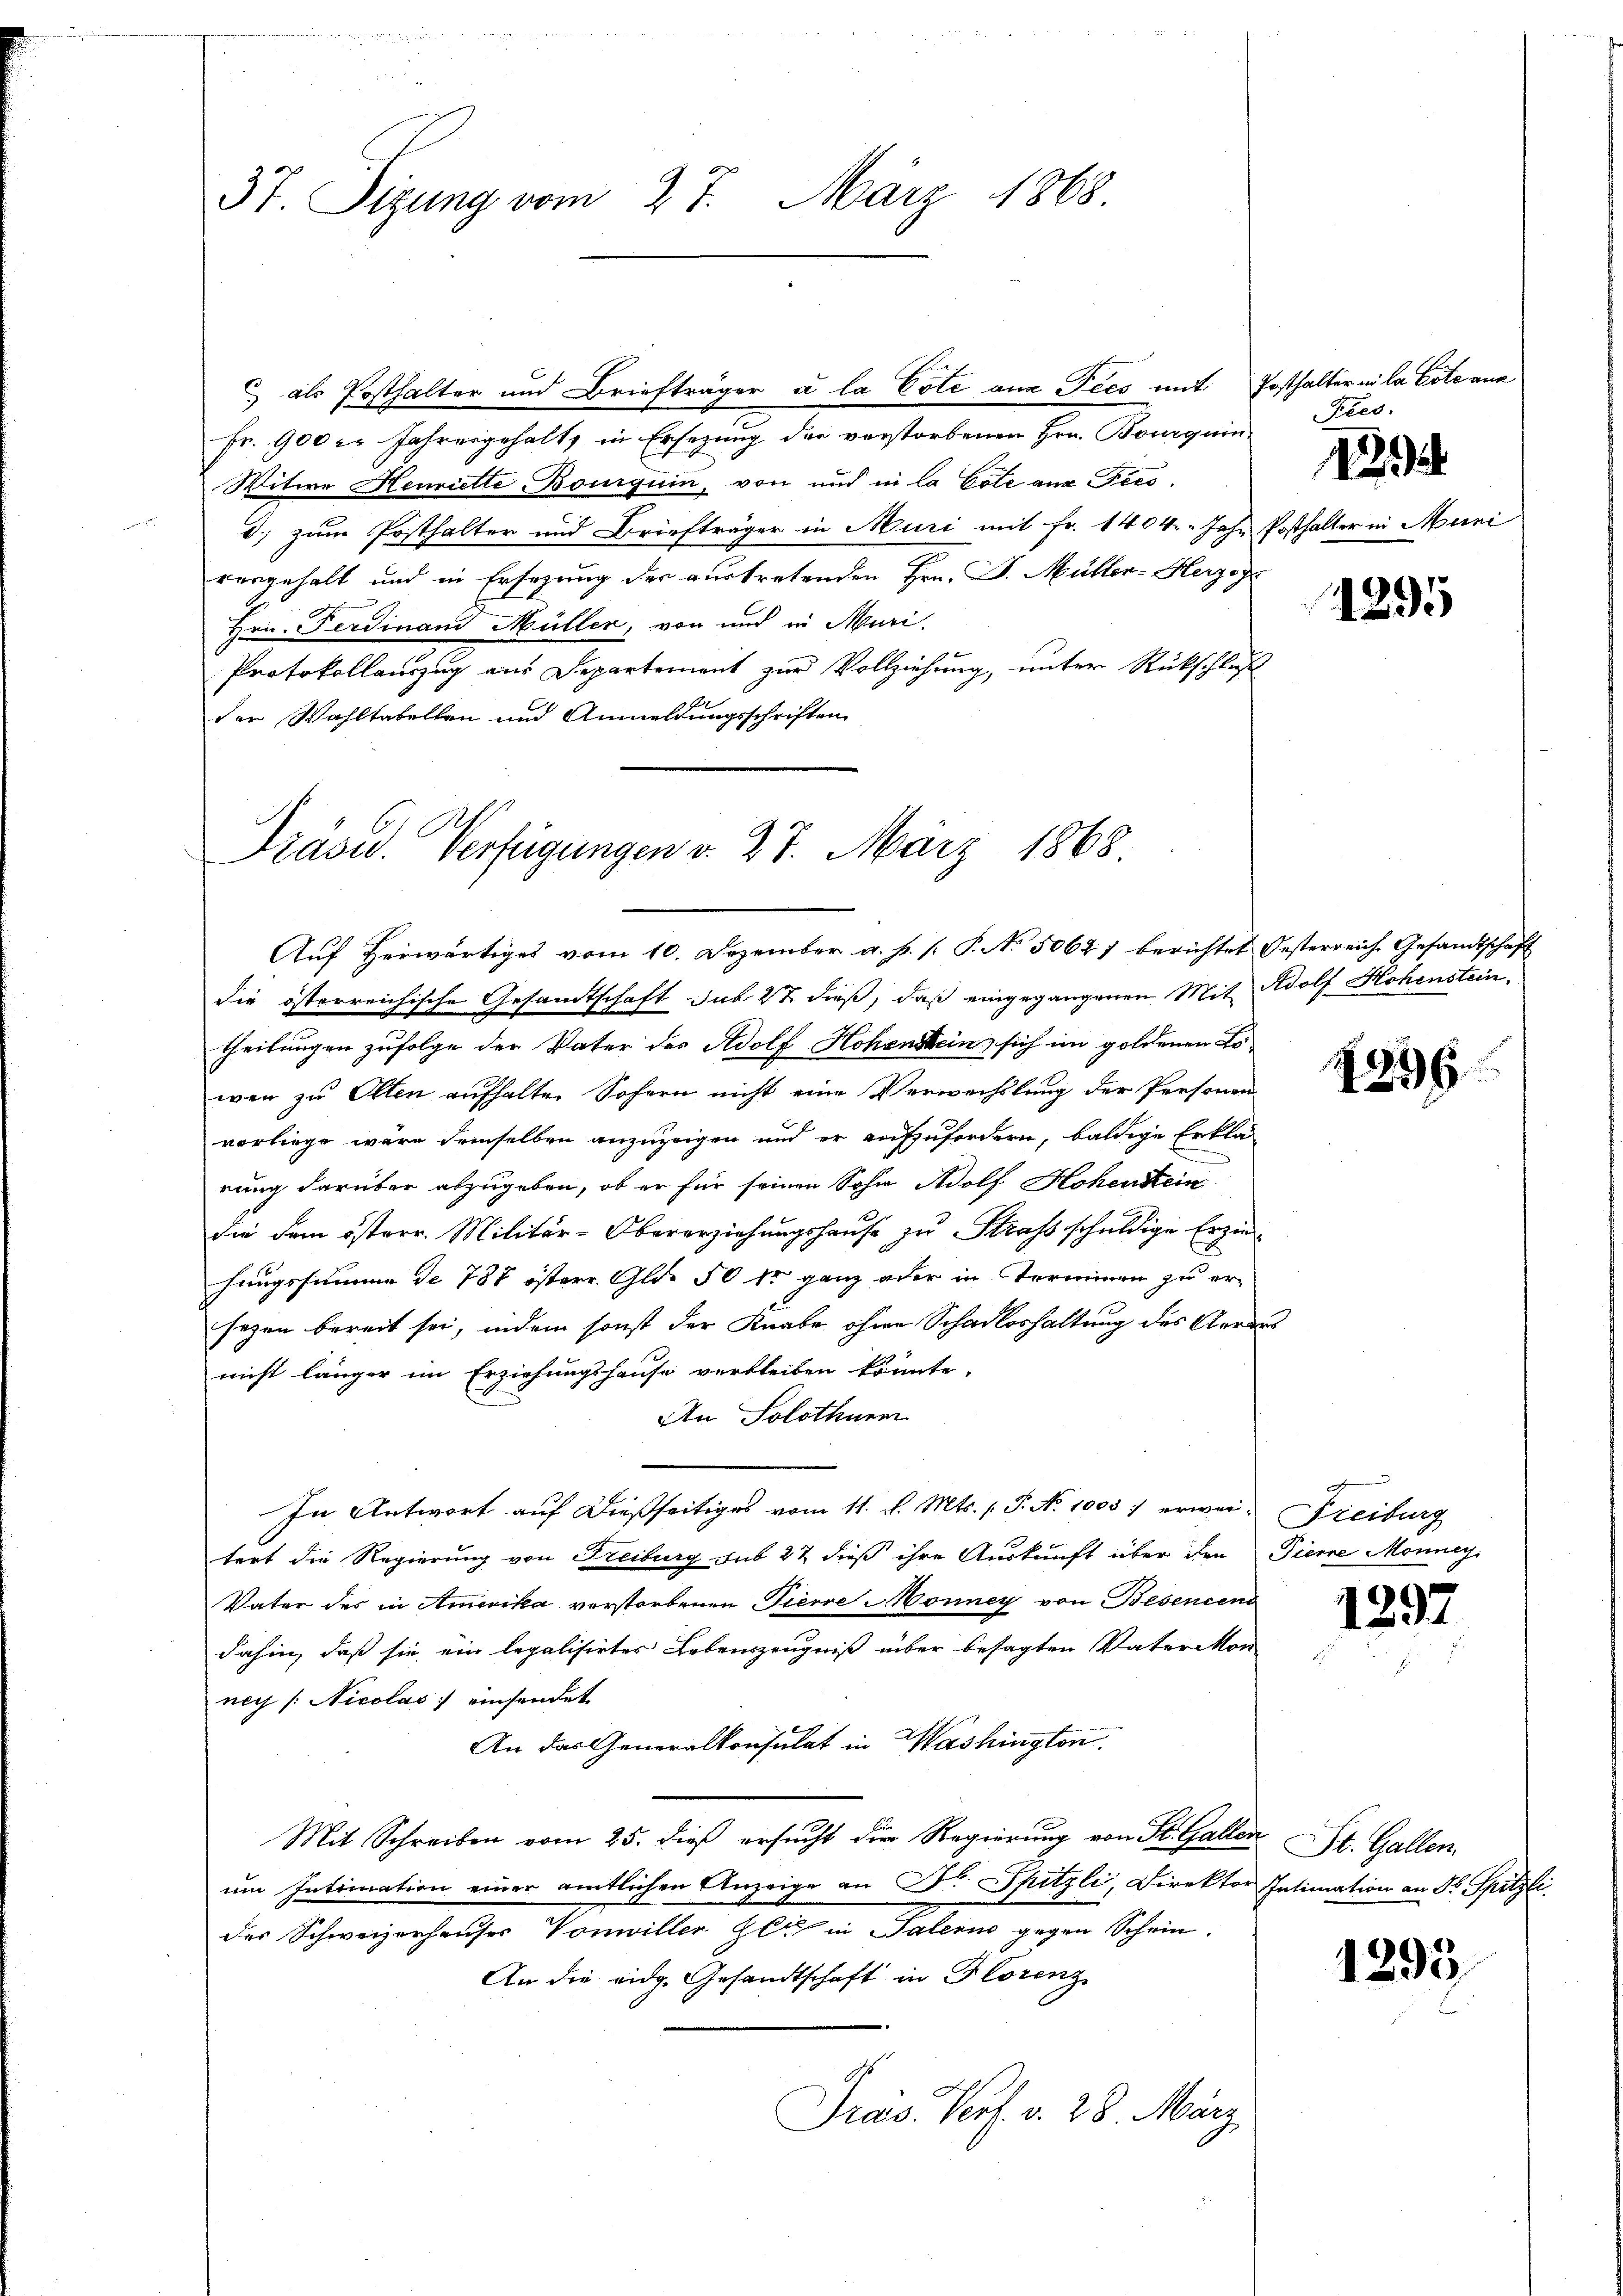
37. Sizung vom 27. März 1868.

C) als Posthalter und Briefträger à la Cote aus Ties mit Posthalter in la Cote aus
Fr. 900 c. Jahresgehalt, in Ersezung der verstorbenen Hrn. Bourquin Fies-
Witwe Henriette Bouiguin, von und in la Cote aus Fiesd.) zum Posthalter und Briefträger in Muri mit Fr. 1404. " Jahr Posthalter in Muni
vergehalt und in Ersezung der vertretenden Hrn. F. Müller-Herzoge
Hrn. Ferdinand Müller, von und in Muri-
Protokollauszug aus Departement zur Vollziehung, unter Rückschluß
A
der Wahltabellen und Anmeldungsschriften

Präsid. Verfügungen v. 27. März 1868.
Auf Herwärtiges vom 10. Dezember a. p. s. P. No 5064) berichtet Oesterreich Gesandtschaft

die österreichische Gesandtschaft sub 22 dieß, daß eingegangenen Mit Adolf Hohenstein.
theilungen zufolge der Vater des Adolf Hohenstein sich im goldenen Lo
wen zu Olten aufhalte Sofern nicht eine Verwechslung der Personen-
vorliege wäre demselben anzuzeigen und er aufzufordern, baldige Erklä
rung darüber abzugeben, ob er für seinen Sohne Adolf Hohenstein
die dem österr. Militär-Obererziehungshause zu Straft schuldige Erziehungssumme de 787 österr. Gld. 50 fr ganz oder in Terminen zu ersezen bereit sei, indem sonst der Knabe ohne Schadloshaltung des Aerars
nicht länger im Erziehungshause verbleiben könnte.
An Solothurer
In Antwort auf dießseitiges vom 11. d. Mts. (T. No 1005) erwei-Freiburg
tert die Regierung von Freiburg sub 22 dieß ihre Auskunft über den Pierre Monney.
Vater des in Amerika verstorbenen Tiere Monney von Besentens
dahin, daß sie ein legalisirter Lebenszeugniß aber besagten Vater von
noch /: Nicolas einsendet.
An das Generalkonsulat in Washington.
Mit Schreiben vom 25. dieβ ersŭcht der Regierŭng von St. Gallen St. Gallen,
um Intimation einer amtlichen Anzeige an Fr. Spitzli, Direktor Intimation an Dr Spitzl.
des Schweizerhauses Vonwiller Zeit in Palern gegen Schein
An die eidg. Gesandtschaft in Florenz
Präs. Verf. v. 28. März,

12

1295

1896

1297

1893.